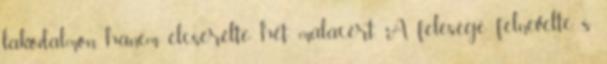
lakodalmon, hanem elcserélte hét malacért. A felesége felnevelte, s